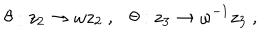
\theta : z _ { 2 } \rightarrow \omega z _ { 2 } ~ , \theta : z _ { 3 } \rightarrow \omega ^ { - 1 } z _ { 3 } ~ ,